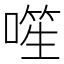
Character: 𪡾